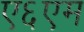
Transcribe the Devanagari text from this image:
ए६एम